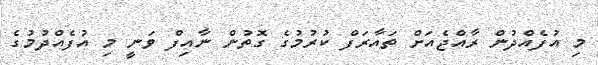
މި އުފެއްދުން ރާއްޖެއަށް ތައާރަފް ކުރުމުގެ ގޮތުން ނާއިފް ވަނީ މި އުފެއްދުމުގެ